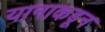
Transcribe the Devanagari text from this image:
यानाकडून